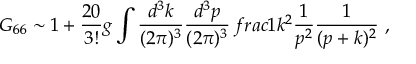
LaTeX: G _ { 6 6 } \sim 1 + \frac { 2 0 } { 3 ! } g \int \frac { d ^ { 3 } k } { ( 2 \pi ) ^ { 3 } } \frac { d ^ { 3 } p } { ( 2 \pi ) ^ { 3 } } \, f r a c { 1 } { k ^ { 2 } } \frac { 1 } { p ^ { 2 } } \frac { 1 } { ( p + k ) ^ { 2 } } ~ ,